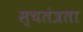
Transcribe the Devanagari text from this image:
स्चतंत्रता